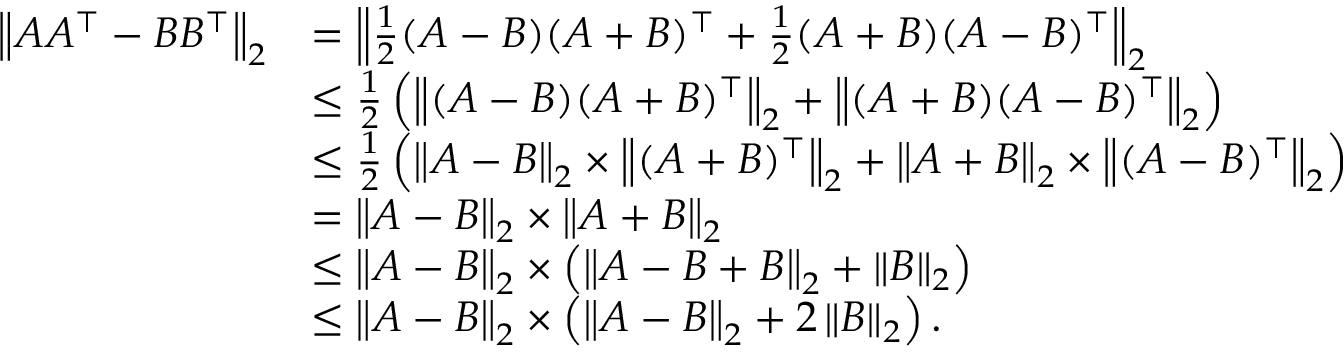
\begin{array} { r l } { \left\| A A ^ { \top } - B B ^ { \top } \right\| _ { 2 } } & { = \left\| \frac { 1 } { 2 } ( A - B ) ( A + B ) ^ { \top } + \frac { 1 } { 2 } ( A + B ) ( A - B ) ^ { \top } \right\| _ { 2 } } \\ & { \leq \frac { 1 } { 2 } \left( \left\| ( A - B ) ( A + B ) ^ { \top } \right\| _ { 2 } + \left\| ( A + B ) ( A - B ) ^ { \top } \right\| _ { 2 } \right) } \\ & { \leq \frac { 1 } { 2 } \left( \left\| A - B \right\| _ { 2 } \times \left\| ( A + B ) ^ { \top } \right\| _ { 2 } + \left\| A + B \right\| _ { 2 } \times \left\| ( A - B ) ^ { \top } \right\| _ { 2 } \right) } \\ & { = \left\| A - B \right\| _ { 2 } \times \left\| A + B \right\| _ { 2 } } \\ & { \leq \left\| A - B \right\| _ { 2 } \times \left( \left\| A - B + B \right\| _ { 2 } + \left\| B \right\| _ { 2 } \right) } \\ & { \leq \left\| A - B \right\| _ { 2 } \times \left( \left\| A - B \right\| _ { 2 } + 2 \left\| B \right\| _ { 2 } \right) . } \end{array}